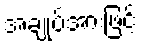
အချုပ်အားဖြင့်